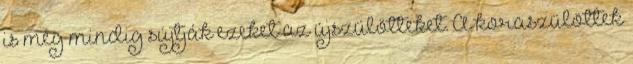
is még mindig sújtják ezeket az újszülötteket. A koraszülöttek